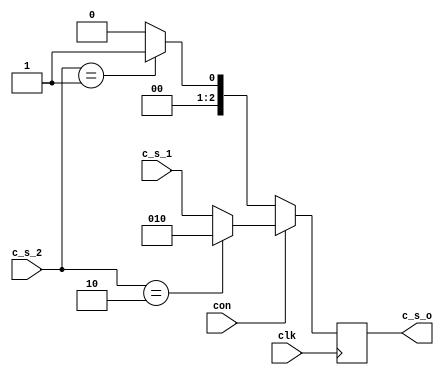
module NOTTHIS(
input [2:0] c_s_1,
input [2:0] c_s_2,
input con,
input clk,
output reg [2:0] c_s_o
);

always @(posedge clk)
begin
	if(con)
		if(c_s_2 == 3'b010)
			c_s_o <= 3'b010;
		else 
			c_s_o <= c_s_1;		
	else 
		begin
		if(c_s_2 == 3'b001)
			c_s_o <= 3'b001;
		else
			c_s_o <= 3'b000;
		end
end
endmodule